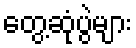
တွေ့ဆုံပွဲများ